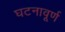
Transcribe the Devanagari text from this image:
घटनावूर्ण